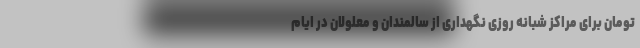
تومان برای مراکز شبانه روزی نگهداری از سالمندان و معلولان در ایام